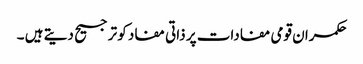
حکمران قومی مفادات پر ذاتی مفاد کو ترجیح دیتے ہیں ۔